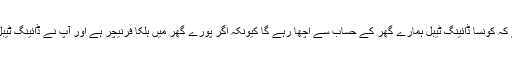
یہاں آکر ایک عام گھریلو انسان پریشان ہوجاتا ہے کہ کونسا ڈائینگ ٹیبل ہمارے گھر کے حساب سے اچھا رہے گا کیونکہ اگر پورے گھر میں ہلکا فرنیچر ہے اور آپ نے ڈائینگ ٹیبل بہت بھاری لے لیا تو یہ ان کے عجیب رہے گا۔